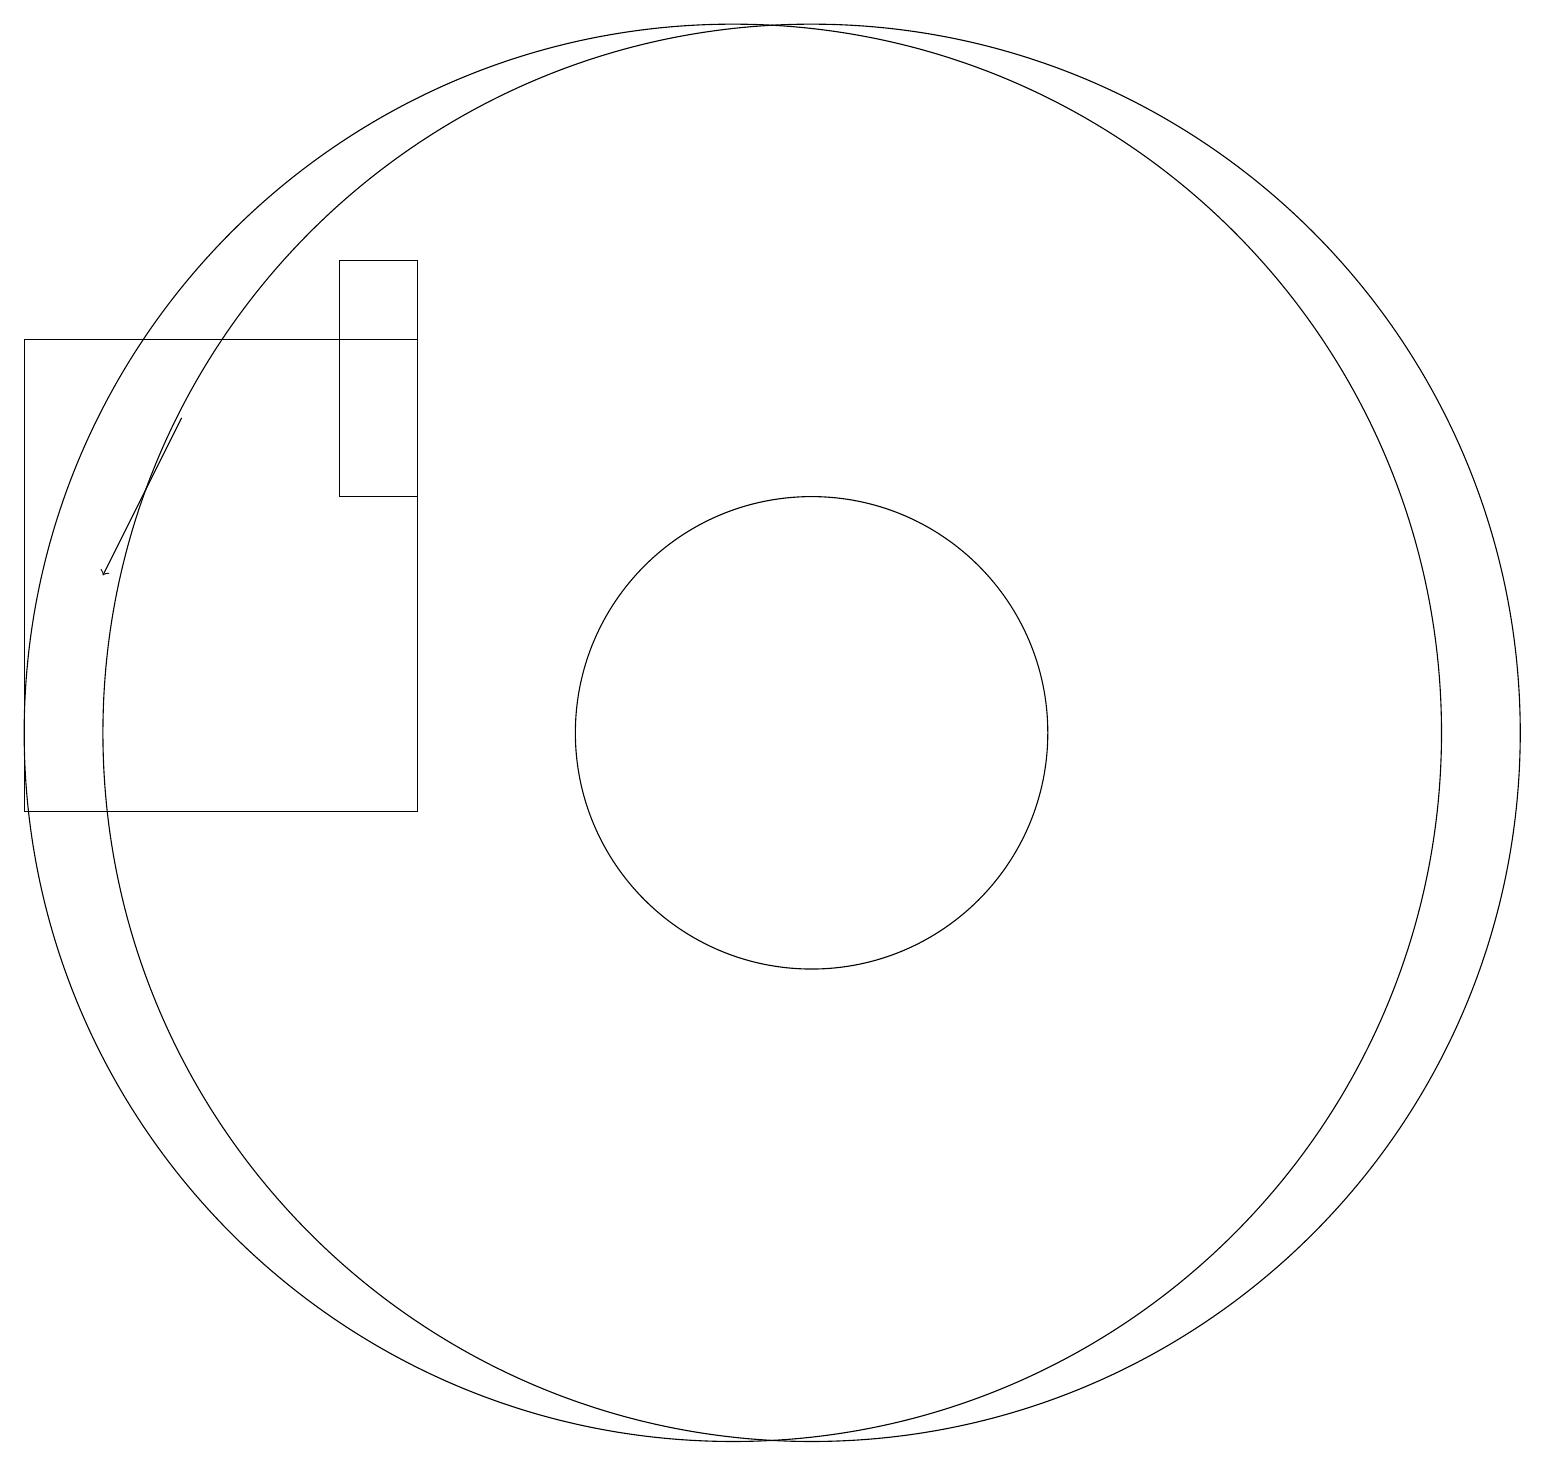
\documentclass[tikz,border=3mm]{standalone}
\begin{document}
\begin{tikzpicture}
\draw[->] (3,16) -- (2,14);
\draw (6,17) rectangle (1,11);
\draw (5,15) rectangle (6,18);
\draw (11,12) circle (9);
\draw (10,12) circle (9);
\draw (11,12) circle (3);
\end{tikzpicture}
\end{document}